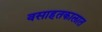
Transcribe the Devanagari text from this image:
वसाहतकालात